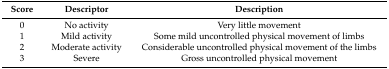
<table><thead><tr><td><b>Score</b></td><td><b>Descriptor</b></td><td><b>Description</b></td></tr></thead><tbody><tr><td>0</td><td>No activity</td><td>Very little movement</td></tr><tr><td>1</td><td>Mild activity</td><td>Some mild uncontrolled physical movement of limbs</td></tr><tr><td>2</td><td>Moderate activity</td><td>Considerable uncontrolled physical movement of the limbs</td></tr><tr><td>3</td><td>Severe</td><td>Gross uncontrolled physical movement</td></tr></tbody></table>